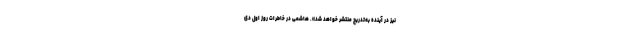
نیز در آینده به‌تدریج منتشر خواهد شد». هاشمی در خاطرات روز اول دی